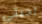
لحيتي